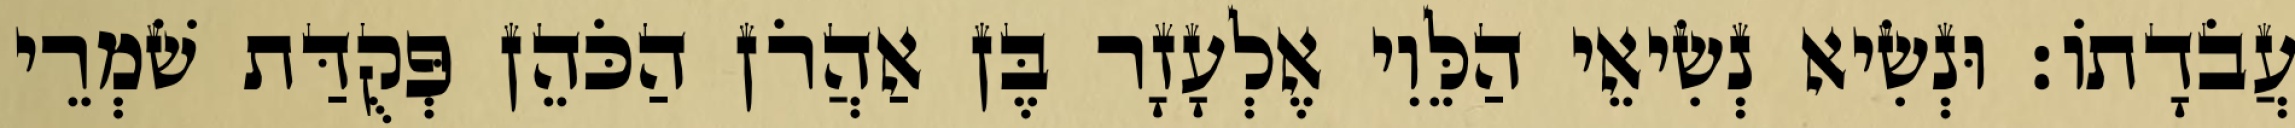
עֲבֹדָתוֹ׃ וּנְשִׂיא נְשִׂיאֵי הַלֵּוִי אֶלְעָזָר בֶּן אַהֲרֹן הַכֹּהֵן פְּקֻדַּת שֹׁמְרֵי